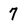
Character: 7